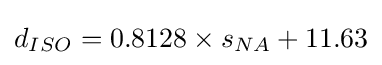
d_{ISO}=0.8128\times s_{NA}+11.63